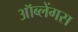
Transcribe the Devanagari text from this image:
ऑब्लेंगस